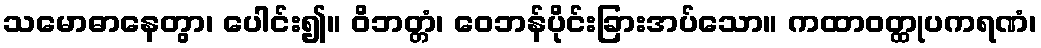
သမောဓာနေတွာ၊ ပေါင်း၍။ ဝိဘတ္တံ၊ ဝေဘန်ပိုင်းခြားအပ်သော။ ကထာဝတ္ထုပကရဏံ၊